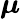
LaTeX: \boldsymbol{\mu}